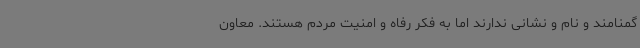
گمنامند و نام و نشانی ندارند اما به فکر رفاه و امنیت مردم هستند. معاون